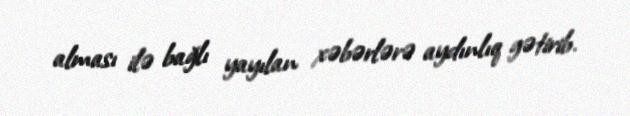
alması ilə bağlı yayılan xəbərlərə aydınlıq gətirib.